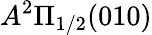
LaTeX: A^{2}\Pi_{1/2}(010)